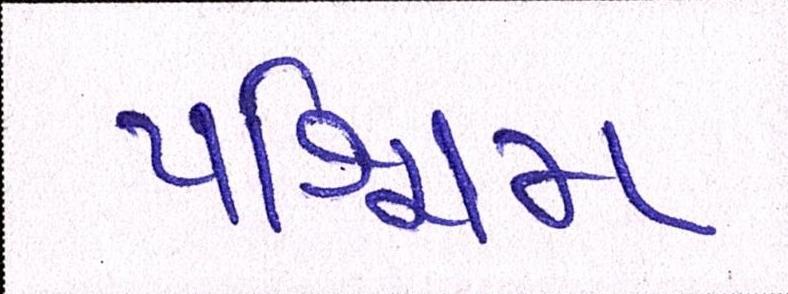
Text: પશ્ચિમ